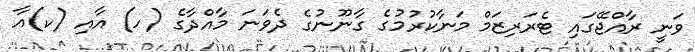
ވަނީ ރާއްޖޭގައި ޓެރަރިޒަމް މަނާކުރުމުގެ ގާނޫނުގެ ދެވަނަ މާއްދާގެ (ހ) އާއި (ކ)އާ